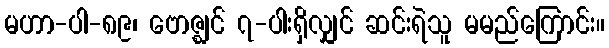
မဟာ-ပါ-၈၉၊ ဗောဇ္ဈင် ၇-ပါးရှိလျှင် ဆင်းရဲသူ မမည်ကြောင်း။